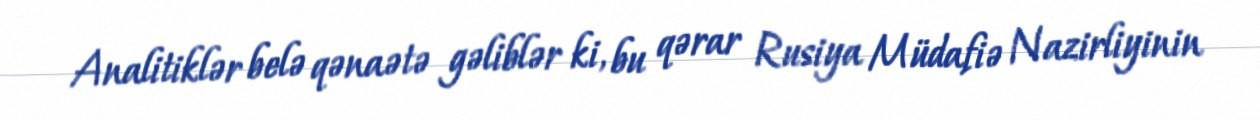
Analitiklər belə qənaətə gəliblər ki, bu qərar Rusiya Müdafiə Nazirliyinin